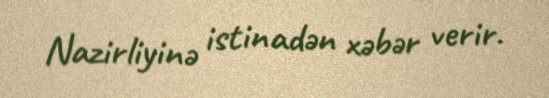
Nazirliyinə istinadən xəbər verir.